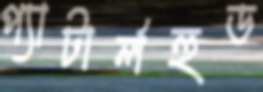
প্যাটার্লহুড